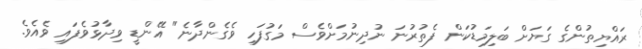
ރައްޔިތުންގެ ގަޔަށް ބަލިމަޑުކަން ފެތުރުނަ ނުދިނުމަށްވެސް މަގުފަހި ވެގެންދާނެ" އޭންޑީ ވިދާޅުވެފައި ވެއެވެ.